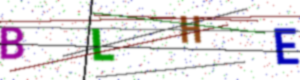
Text: BLHE